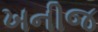
ખનીજ